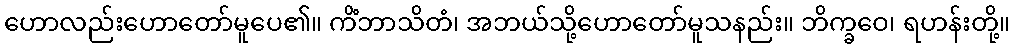
ဟောလည်းဟောတော်မူပေ၏။ ကိံဘာသိတံ၊ အဘယ်သို့ဟောတော်မူသနည်း။ ဘိက္ခဝေ၊ ရဟန်းတို့။